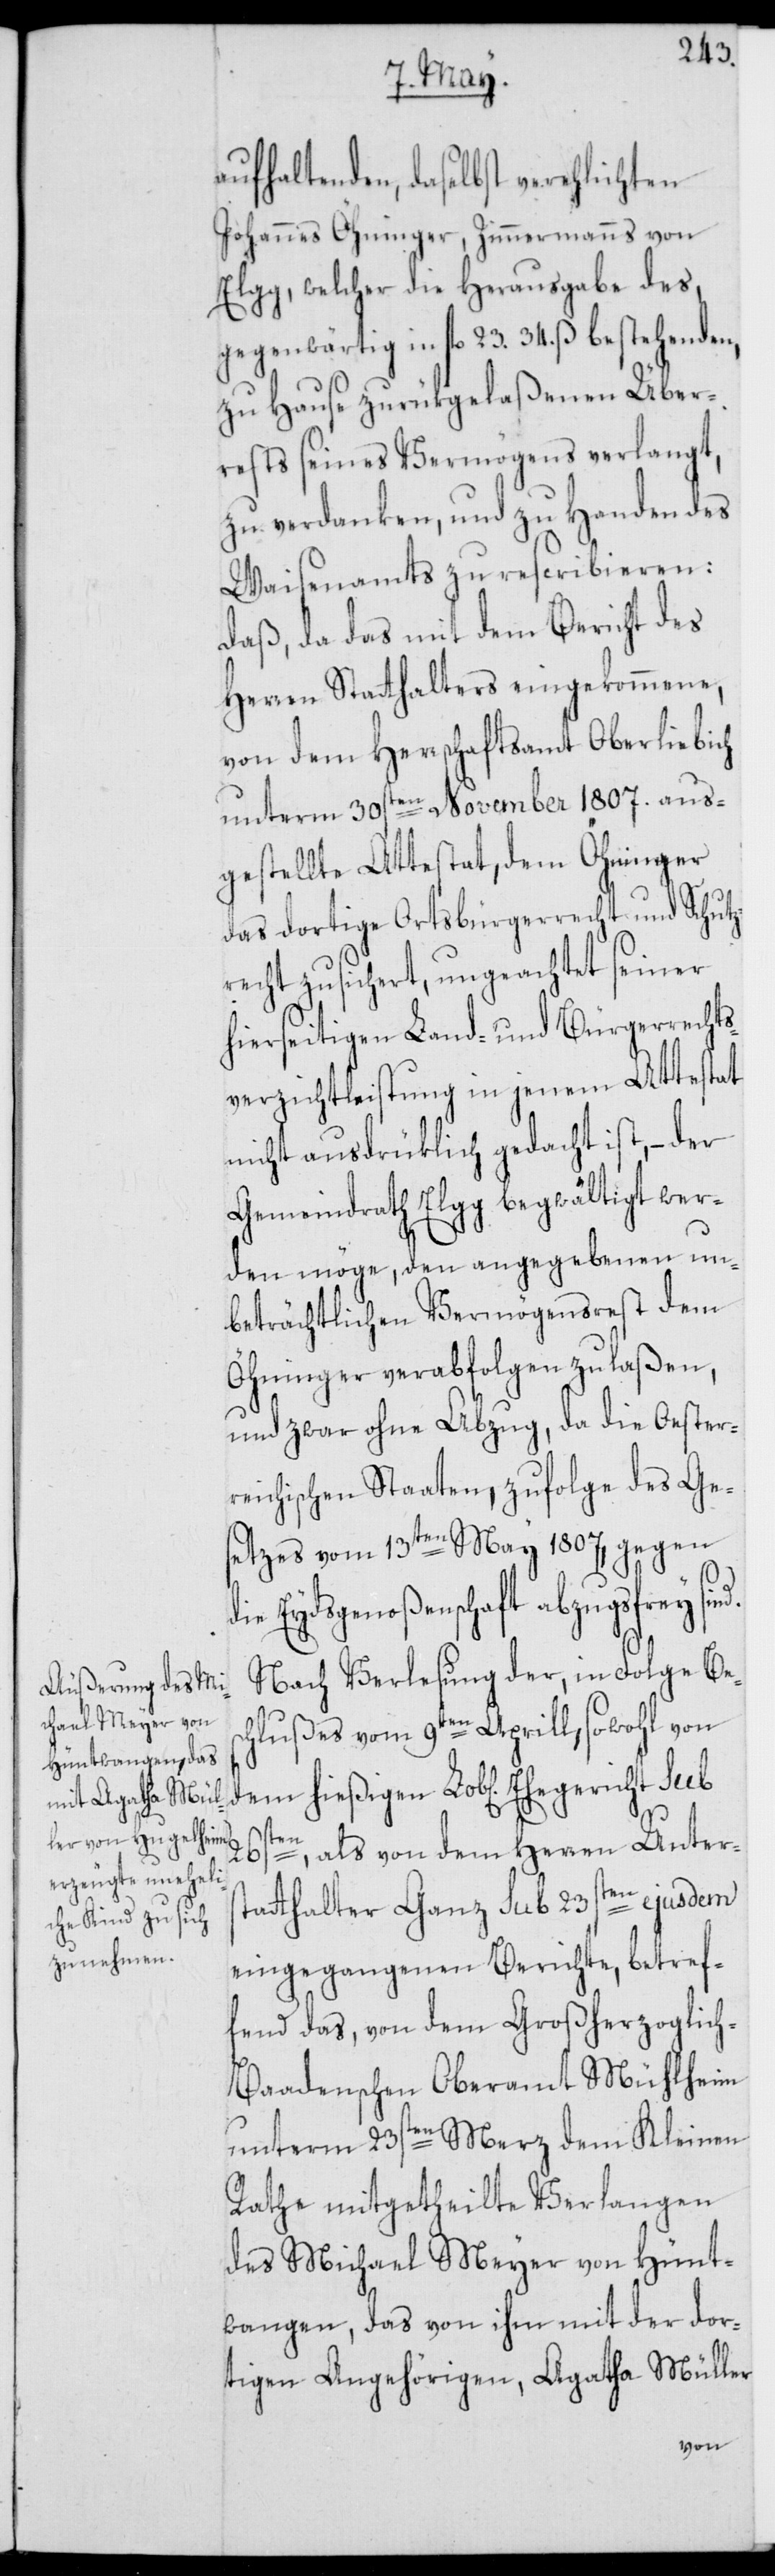
nd.
aufhaltenden, daselbst verehlichten
Johannes Öhninger, Zimmermanns von
Elgg, welcher die Herausgabe des
gegenwärtig in fl. 23. 34. ß bestehenden,
zu Hause zurükgelaßenen Über¬
rests seines Vermögens verlangt,
zu verdanken, und zu Handen des
Waisenamts zu rescribieren:
Daß, da das mit dem Bericht des
Herren Statthalters eingekommene,
von dem Herrschaftsamt Oberliebich
unterm 30sten November 1807. aus¬
gestellte Attestat, dem Öhninger
das dortige Ortsbürgerrecht und Schutz¬
recht zusichert, ungeachtet seiner
hierseitigen Land- und Bürgerrechts¬
verzichtleistung in jenem Attestat
nicht ausdrüklich gedacht ist, – der
Gemeindrath Elgg begwältigt wer¬
den möge, den angegebenen un¬
beträchtlichen Vermögensrest dem
Öhninger verabfolgen zu laßen,
und zwar ohne Abzug, da die Oester¬
reichischen Staaten, zufolge des Ges¬
etzes vom 13ten May 1807, gegen
die Eydsgenoßenschaft abzugsfrey si¬
Nach Verlesung der, in Folge Bes¬
chlußes vom 9ten Aprill, sowohl von
26sten, als von dem Herren Unter¬
statthalter Ganz sub 23sten ejusdem
eingegangenen Berichte, betref¬
fend das, von dem Großherzoglic¬
h-Baadenschen Oberamt Mühlheim
unterm 23sten Merz dem Kleinen
Rathe mitgetheilte Verlangen
des Michael Meyer von Hünt¬
wangen, das von ihm mit der dor¬
tigen Angehörigen, Agatha Müller